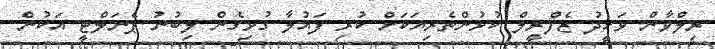
ރިލްވާން ވަހީދު ޒެފްރީލް ކުޅުންތެރިޔަކަށް ކުރި ފައުލާ ގުޅިގެން ލިބުނު ޕެނަލްޓީ އަކުން